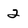
Character: 2